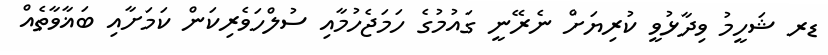
ޑރ ޝަހީމު ވިދާޅުވީ ކުރިޔަށް ނެރޭނީ ގައުމުގެ ހަމަޖެހުމާއި ސުލްހަވެރިކަން ކަމަށާއި ބަޣާވާތެއް